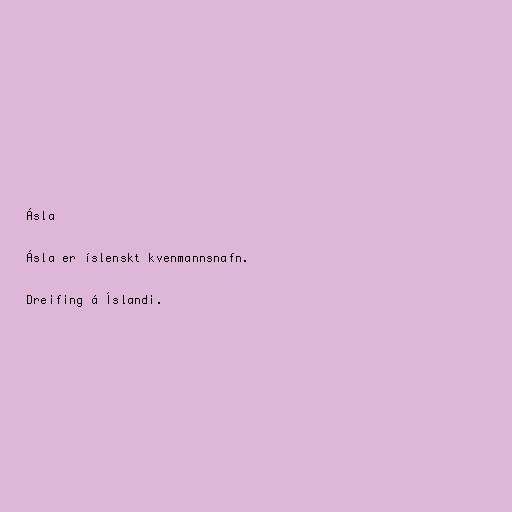
Ásla

Ásla er íslenskt kvenmannsnafn.

Dreifing á Íslandi.